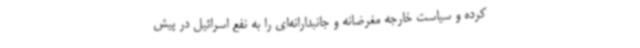
کرده و سیاست خارجه مغرضانه و جانبدارانه‌ای را به نفع اسرائیل در پیش